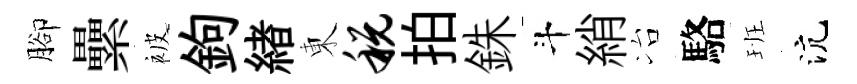
腳纍被鉤緖東税拍銖斗綃冶駱班沆